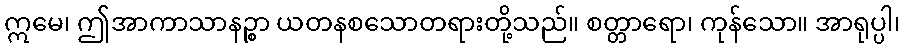
ဣမေ၊ ဤအာကာသာနဉ္စာ ယတနစသောတရားတို့သည်။ စတ္တာရော၊ ကုန်သော။ အာရုပ္ပါ၊